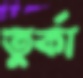
তুর্কা